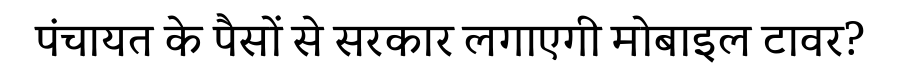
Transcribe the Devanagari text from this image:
पंचायत के पैसों से सरकार लगाएगी मोबाइल टावर?